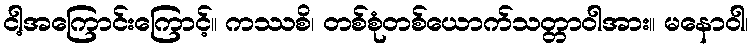
ငါ့အကြောင်းကြောင့်။ ကဿစိ၊ တစ်စုံတစ်ယောက်သတ္တာဝါအား။ မနောဝါ၊